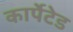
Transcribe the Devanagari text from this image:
कार्पेटेड